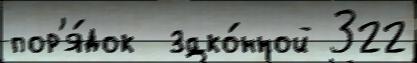
пор'я́док  зако́нной 322